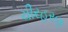
ચીરહરણ